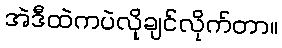
အဲဒီထဲကပဲလိုချင်လိုက်တာ။